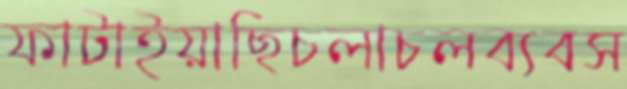
ফাটাইয়াছিচলাচলব্যবস